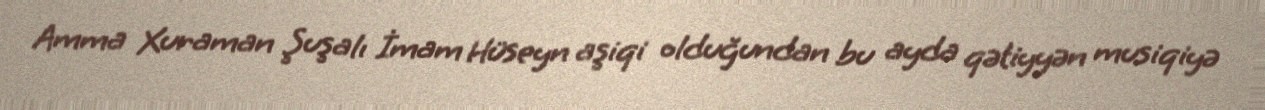
Amma Xuraman Şuşalı İmam Hüseyn aşiqi olduğundan bu ayda qətiyyən musiqiyə